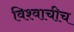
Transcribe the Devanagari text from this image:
विश्वाचीच